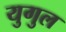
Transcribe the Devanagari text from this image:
युगुल